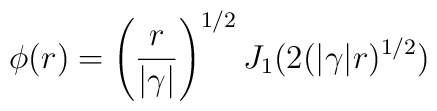
\phi(r) = \left(\frac{r}{|\gamma|}\right)^{1/2}J_1(2(|\gamma|r)^{1/2})